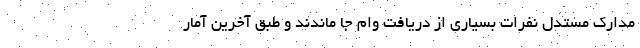
مدارک مستدل نفرات بسیاری از دریافت وام جا ماندند و طبق آخرین آمار